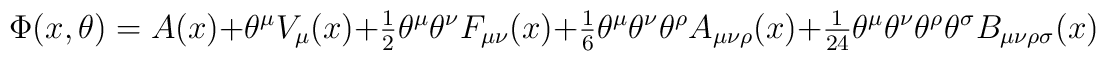
\Phi(x, \theta) = A(x) + \theta^{\mu} V_{\mu}(x) + {\textstyle \frac 12} \theta^{\mu} \theta^{ \nu} F_{\mu \nu}(x) +   {\textstyle \frac 16} \theta^{\mu} \theta^{ \nu} \theta^{\rho} A_{\mu \nu \rho}(x)+ {\textstyle \frac{1}{24}} \theta^{\mu} \theta^{ \nu} \theta^{\rho} \theta^{ \sigma} B_{\mu \nu \rho \sigma}(x)